Report on sanitation, dispensaries, and jails in Rajputana for 1912, and on vaccination for the year 1912-1913 - 1912-1913
Year: 1912
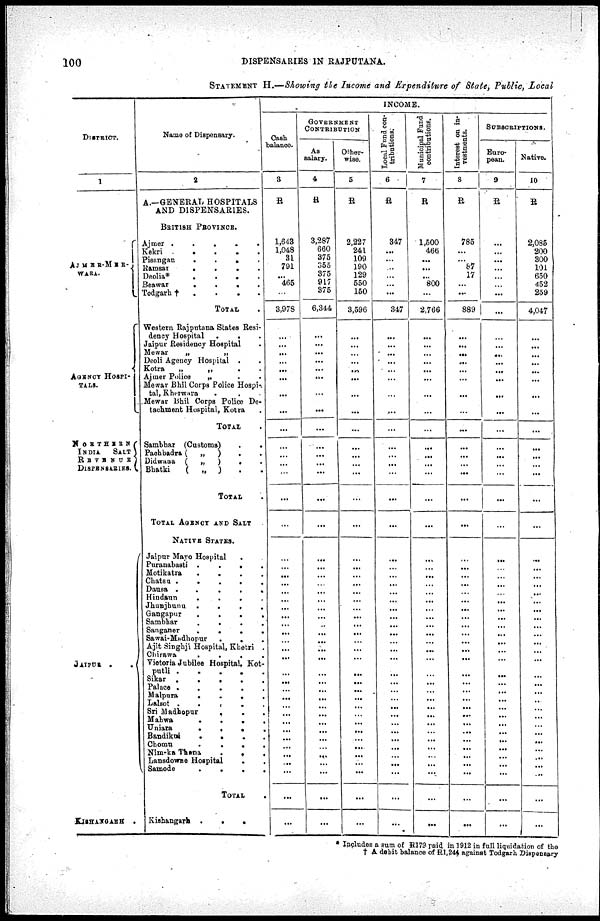
100
DISPENSARIES IN RAJPUTANA.
STATEMENT H.—Showing the Income and Expenditure of State, Public, Local
DISTRICT.
1
AJMER-MER¬
WARA.
AGENCY HOSPI-
----.
NORTHERN
INDIA SALT
REVENUE
DISPENSARIES.
JAIPUR . .
KISHANGARH .
Name of Dispensary.
2
A.—GENERAL HOSPITALS
AND DISPENSARIES.
BRITISH PROVINCE.
Ajmer . . . . .
Kekri . . . . .
Pisangan
.
.
. .
Ramsar . . . .
Deolia* . . . .
Beawar
.
.
.
.
Todgarh †
.
.
. .
TOTAL .
Western Rajputana States Resi-
dency Hospital
.
. .
Jaipur Residency Hospital
.
Mewar
„
„
Deoli Agency Hospital . .
Kotra
„
„
.
.
Ajmer Police
„ . .
Mewar Bhil Corps Police Hospi¬
tal, Kherwara
. . .
Mewar Bhil Corps Police De-
tachment Hospital, Kotra .
TOTAL .
Sambhar (Customs)
.
.
Pachbadra(
„
)
. .
Didwana (
„
)
. .
Bhatki
(
„
) . .
TOTAL .
TOTAL AGENCY AND SALT
NATIVE STATES.
Jaipur Mayo Hospital . .
Puranabasti .
.
.
.
Motikatra
.
.
.
.
Chatsu .
.
.
.
.
Dausa .
.
.
.
.
Hindaun
.
.
.
.
Jhunjhunu
.
.
.
.
Gangapur
.
.
.
.
Sambhar
.
.
.
.
Sanganer
.
.
.
.
Sawai-Madhopur
.
. .
Ajit Singhji Hospital, Khetri .
Chirawa
.
.
.
.
Victoria Jubilee Hospital, Kot¬
putli .
.
.
.
.
Sikar .
.
.
.
.
Palace .
.
.
.
.
Malpura
.
.
.
.
Lalsot
.
.
. . .
Sri Madbopur
.
.
.
Mahwa
.
.
. .
Uniara
.
.
. .
Bandikui
.
.
. .
Chomu
.
.
. .
Nim-ka Thana
.
. .
Lansdowne Hospital
. .
Samode
.
.
. .
TOTAL .
Kishangarh .
.
.
INCOME.
Cash
balance.
3
R
1,643
1,048
31
791
...
465
...
3,978
...
...
...
...
...
...
...
...
...
...
...
...
...
...
...
...
...
...
...
...
...
...
...
...
...
...
...
...
...
...
...
...
...
...
...
...
...
...
...
...
...
...
...
GOVERNMENT
CONTRIBUTION
As
salary.
4
R
3,287
660
375
355
375
917
375
6,344
...
...
...
...
...
...
...
...
...
...
...
...
...
...
...
...
...
...
...
...
...
...
...
...
...
...
...
...
...
...
...
...
...
...
...
...
...
...
...
...
...
...
...
Other-
wise.
5
R
2,227
241
109
190
129
550
150
3,596
...
...
...
...
...
...
...
...
...
...
...
...
...
...
...
...
...
...
...
...
...
...
...
...
...
...
...
...
...
...
...
...
...
...
...
...
...
...
...
...
...
...
...
Local Fund con-
tributions.
6
R
347
...
...
...
...
...
...
347
...
...
...
...
...
...
...
...
...
...
...
...
...
...
...
...
...
...
...
...
...
...
...
...
...
...
...
...
...
...
...
...
...
...
...
...
...
...
...
...
...
...
...
Municipal Fund
contributions.
7
R
1,500
466
...
...
...
800
...
2,766
...
...
...
...
...
...
...
...
...
...
...
...
...
...
...
...
...
...
...
...
...
...
...
...
...
...
...
...
...
...
...
...
...
...
...
...
...
...
...
...
...
...
...
Interest on in-
vestments.
8
R
785
...
...
87
17
...
...
889
...
...
...
...
...
...
...
...
...
...
...
...
...
...
...
...
...
...
...
...
...
...
...
...
...
...
...
...
...
...
...
...
...
...
...
...
...
...
...
...
...
...
...
SUBSCRIPTIONS.
Euro-
pean.
9
R
...
...
...
...
...
...
...
...
...
...
...
...
...
...
...
...
...
...
...
...
...
...
...
...
...
...
...
...
...
...
...
...
...
...
...
...
...
...
...
...
...
...
...
...
...
...
...
...
...
...
...
Native.
10
R
2,085
200
300
101
650
452
259
4,047
...
...
...
...
...
...
...
...
...
...
...
...
...
...
...
...
...
...
...
...
...
...
...
...
...
...
...
...
...
...
...
...
...
...
...
...
...
...
...
...
...
...
...
* Includes a sum of R179 paid in 1912 in full liquidation of the
† A debit balance of R1, 244 against Todgarh Dispensary